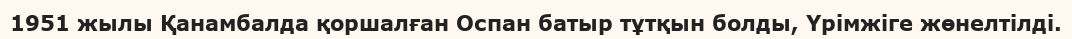
1951 жылы Қанамбалда қоршалған Оспан батыр тұтқын болды, Үрімжіге жөнелтілді.